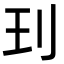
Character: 㺫